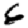
Digit: 6